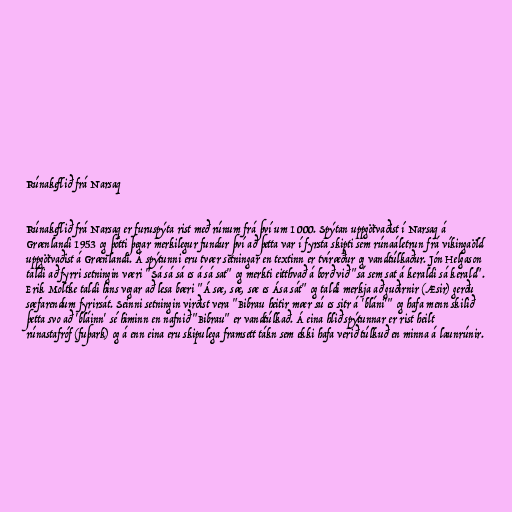
Rúnakeflið frá Narsaq

Rúnakeflið frá Narsaq er furuspýta rist með rúnum frá því um 1000. Spýtan uppgötvaðist í Narsaq á
Grænlandi 1953 og þótti þegar merkilegur fundur því að þetta var í fyrsta skipti sem rúnaáletrun frá víkingaöld
uppgötvaðist á Grænlandi. Á spýtunni eru tvær setningar en textinn er tvíræður og vandtúlkaður. Jón Helgason
taldi að fyrri setningin væri "Sá sá sá es á sá sat" og merkti eitthvað á borð við "sá sem sat á keraldi sá kerald".
Erik Moltke taldi hins vegar að lesa bæri "Á sæ, sæ, sæ es Ása sát" og taldi merkja að guðirnir (Æsir) gerðu
sæfarendum fyrirsát. Seinni setningin virðist vera "Bibrau heitir mær sú es sitr á 'bláni'" og hafa menn skilið
þetta svo að 'bláinn' sé himinn en nafnið "Bibrau" er vandtúlkað. Á eina hlið spýtunnar er rist heilt
rúnastafróf (fuþark) og á enn eina eru skipulega framsett tákn sem ekki hafa verið túlkuð en minna á launrúnir.